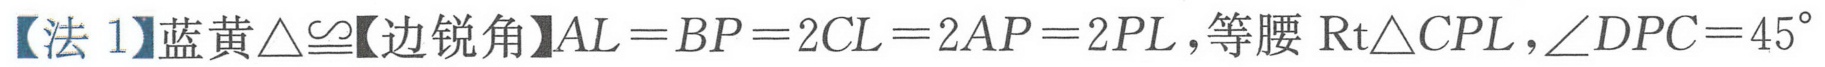
【法1】蓝黄\(\triangle\cong\)【边锐角】\(AL = BP = 2CL = 2AP = 2PL\)，等腰\(\text{Rt}\triangle CPL\)，\(\angle DPC = 45^{\circ}\)